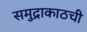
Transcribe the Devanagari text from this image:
समुद्राकाठची